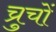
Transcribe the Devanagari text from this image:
च्रुचों